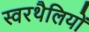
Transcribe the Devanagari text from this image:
स्वरथैलियों